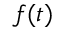
f ( t )